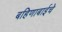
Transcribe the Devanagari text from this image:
बहिणाबाईचे